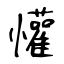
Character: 懽